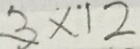
3 \times 1 2